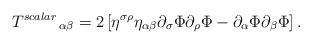
LaTeX: \begin{align*}\left. T^{scalar}\right. _{\alpha \beta }=2\left[ \eta ^{\sigma \rho}\eta _{\alpha \beta }\partial _{\sigma }\Phi \partial _{\rho }\Phi-\partial _{\alpha }\Phi \partial _{\beta }\Phi \right] .\end{align*}